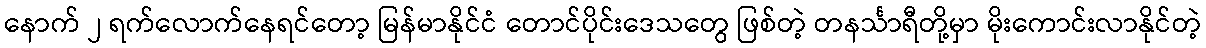
နောက် ၂ ရက်လောက်နေရင်တော့ မြန်မာနိုင်ငံ တောင်ပိုင်းဒေသတွေ ဖြစ်တဲ့ တနင်္သာရီတို့မှာ မိုးကောင်းလာနိုင်တဲ့